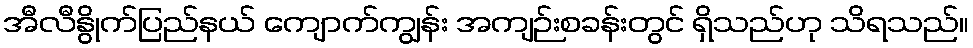
အီလီနွိုက်ပြည်နယ် ကျောက်ကျွန်း အကျဉ်းစခန်းတွင် ရှိသည်ဟု သိရသည်။